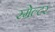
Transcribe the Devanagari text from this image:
स्मेल्टर